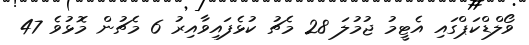
ވޯލްޑްކަޕްގައި އެޓީމު ޖުމުލަ 28 މެޗު ކުޅެފައިވާއިރު 6 މެޗުން މޮޅުވެ 47